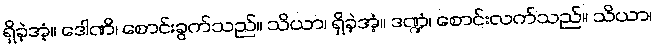
ရှိခဲ့အံ့။ ဒေါဏိ၊ စောင်းခွက်သည်။ သိယာ၊ ရှိခဲ့အံ့။ ဒဏ္ဍံ၊ စောင်းလက်သည်။ သိယာ၊